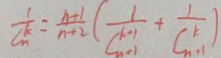
\frac { 1 } { C _ { n } ^ { k } } = \frac { n + 1 } { n + 2 } ( \frac { 1 } { c _ { n + 1 } ^ { k + 1 } } + \frac { 1 } { c _ { n + 1 } ^ { k } } )